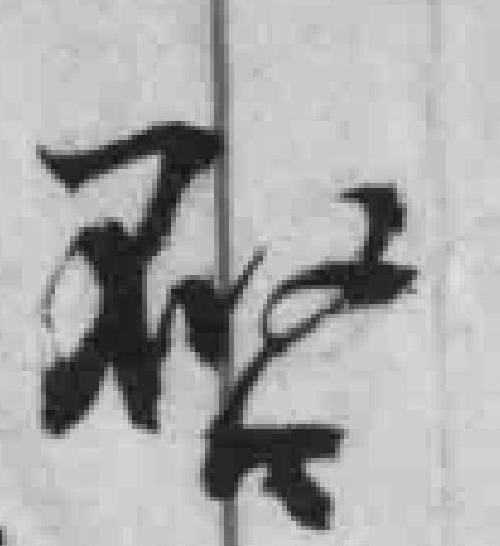
唘